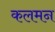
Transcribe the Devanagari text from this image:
कलमन